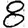
Digit: 8